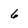
Character: 6